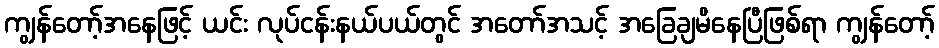
ကျွန်တော့်အနေဖြင့် ယင်း လုပ်ငန်းနယ်ပယ်တွင် အတော်အသင့် အခြေချမိနေပြီဖြစ်ရာ ကျွန်တော့်